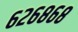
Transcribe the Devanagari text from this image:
६२६८६८